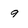
Character: 9